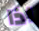
اذا